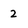
Character: 2